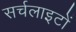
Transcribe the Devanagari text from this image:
सर्चलाइटों